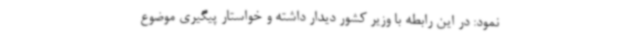
نمود: در این رابطه با وزیر کشور دیدار داشته و خواستار پیگیری موضوع